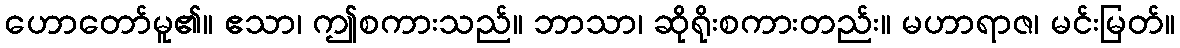
ဟောတော်မူ၏။ ဧသာ၊ ဤစကားသည်။ ဘာသာ၊ ဆိုရိုးစကားတည်း။ မဟာရာဇ၊ မင်းမြတ်။